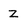
Character: Z